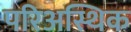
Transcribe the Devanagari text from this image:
परिअस्थिक